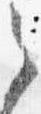
之